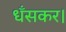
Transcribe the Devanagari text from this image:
धँसकर।